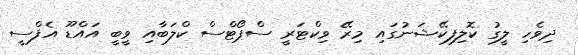
ދިވެހި ލީގު ކޮލިފިކޭޝަނުގައި މިރޭ ވިކްޓަރީ ސްޕޯޓްސް ކްލަބާއި ވީބީ އައްޑޫ އެފްސީ